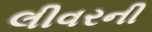
લીવરની